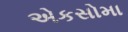
એકસોમા